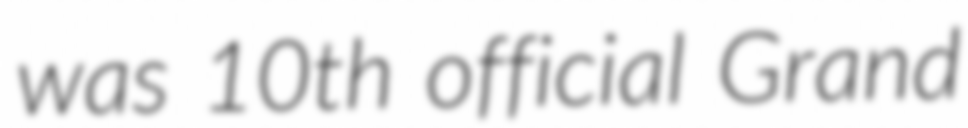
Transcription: was 10th official Grand